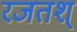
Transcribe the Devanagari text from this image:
रजतश्